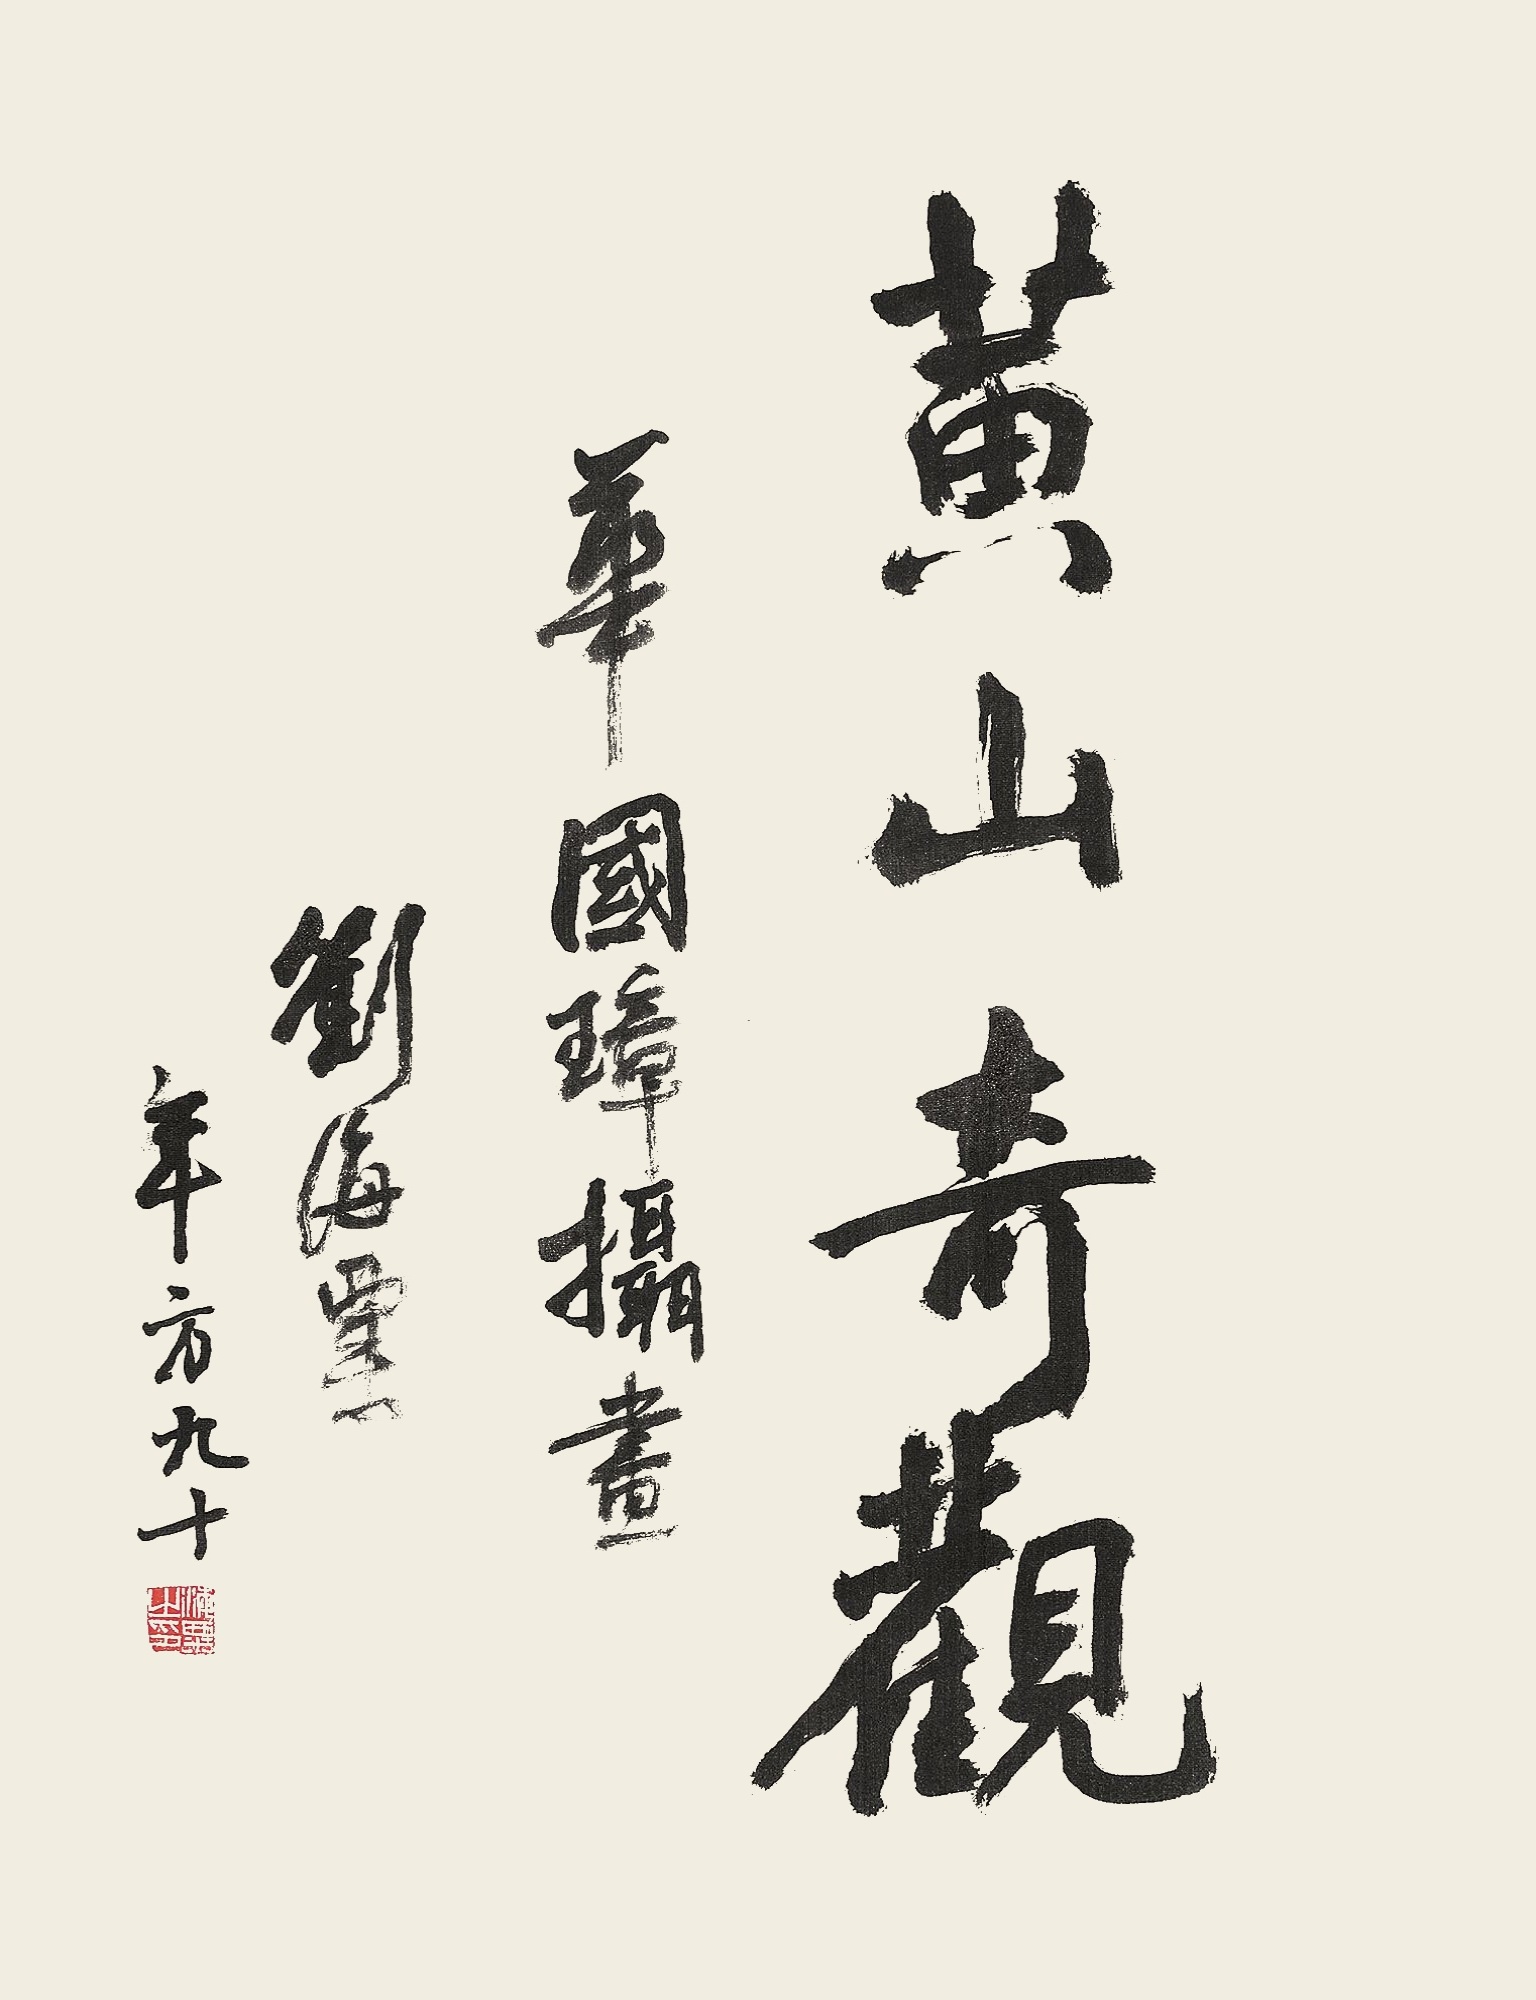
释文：黄山奇观。华国璋摄画。刘海粟年方九十。